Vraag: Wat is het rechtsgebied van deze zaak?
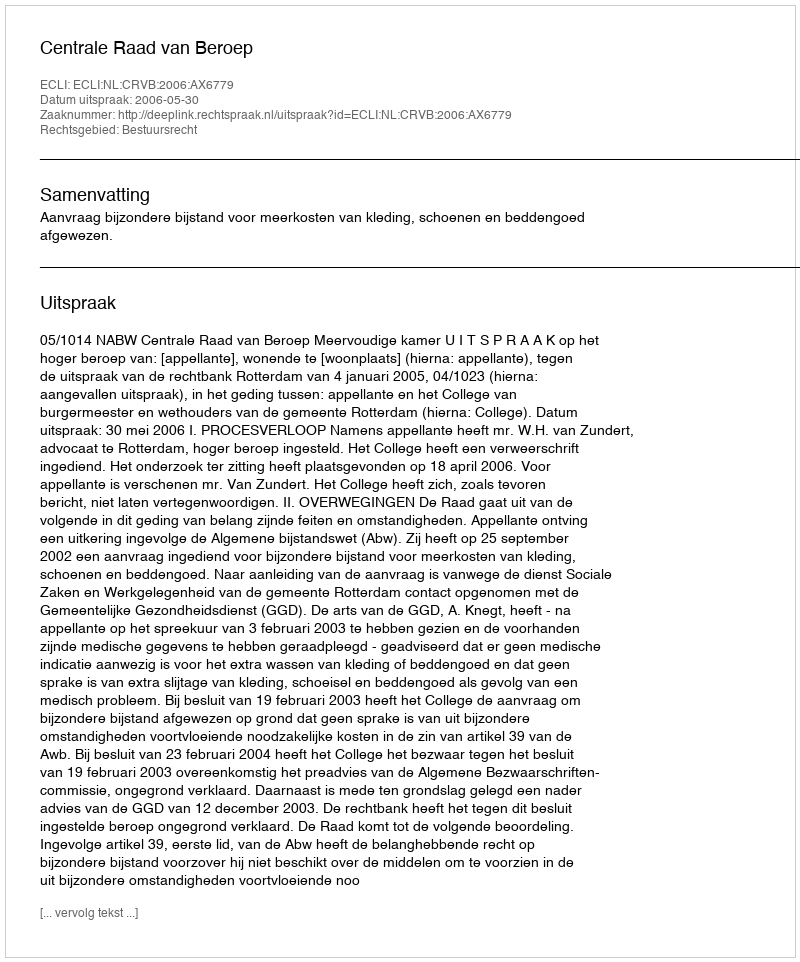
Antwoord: Bestuursrecht